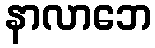
နာလာဘေ